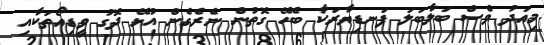
މިއަދު ވެސް ބަލާބަލަ ފަނޑިޔާރަކާ ބެހޭ ގޮތުން ނެރެގެން އުޅޭ ދޮގު ވީޑިއޯތަކާއި